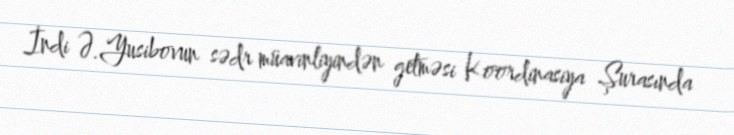
İndi Ə.Yusibovun sədr müavinliyindən getməsi Koordinasiya Şurasında